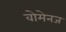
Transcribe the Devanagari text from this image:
वोमेनज